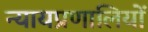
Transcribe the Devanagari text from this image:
न्यायप्रणालियों